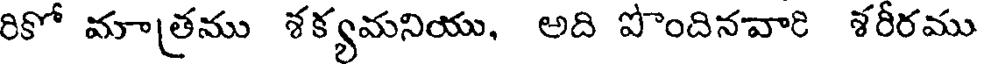
రికో మాత్రము శక్యమనియు, అది పొందినవారి శరీరము